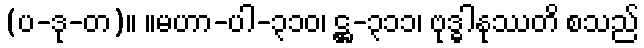
(ပ-ဒု-တ)။ ။မဟာ-ပါ-၃၁၀၊ ဋ္ဌ-၃၁၁၊ ဗုဒ္ဓါနုဿတိ စသည်